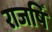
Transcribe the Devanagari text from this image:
राजषिँ